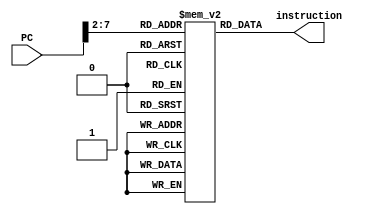
`timescale 1ns / 1ps
module instructionMEM(PC, instruction);
    input [31:0] PC;
    output [31:0] instruction;
    
    reg [31:0] memory[0:41];

    initial begin
        memory[0] = 32'b00100000000010000000000000100000; //addi $t0, $zero, 0x20
        memory[1] = 32'b00100000000010010000000000110111; //addi $t1, $zero, 0x37
        memory[2] = 32'b00000001000010011000000000100100; //and $s0, $t0, $t1
        memory[3] = 32'b00000001000010011000000000100101; //or $s0, $t0, $t1
        memory[4] = 32'b10101100000100000000000000000100; //sw $s0, 4($zero)
        memory[5] = 32'b10101100000010000000000000001000; //sw $t0, 8($zero)
        memory[6] = 32'b00000001000010011000100000100000; //add $s1, $t0, $t1
        memory[7] = 32'b00000001000010011001000000100010; //sub $s2, $t0, $t1
        memory[8] = 32'b00100000000010000000000000100000; //addi $t0, $zero, 0x20
        memory[9] = 32'b00100000000010000000000000100000; //addi $t0, $zero, 0x20
        memory[10] = 32'b00100000000010000000000000100000; //addi $t0, $zero, 0x20
        memory[11] = 32'b00010010001100100000000000010010; //beq $s1, $s2, error0
        memory[12] = 32'b10001100000100010000000000000100; //lw $s1, 4($zero)
        memory[13]= 32'b00110010001100100000000001001000; //andi $s2, $s1, 0x48
        memory[14] = 32'b00100000000010000000000000100000; //addi $t0, $zero, 0x20
        memory[15] = 32'b00100000000010000000000000100000; //addi $t0, $zero, 0x20
        memory[16] = 32'b00100000000010000000000000100000; //addi $t0, $zero, 0x20
        memory[17] =32'b00010010001100100000000000001111; //beq $s1, $s2, error1
        memory[18] =32'b10001100000100110000000000001000; //lw $s3, 8($zero)
        memory[19] = 32'b00100000000010000000000000100000; //addi $t0, $zero, 0x20
        memory[20] = 32'b00100000000010000000000000100000; //addi $t0, $zero, 0x20
        memory[21] = 32'b00100000000010000000000000100000; //addi $t0, $zero, 0x20
        memory[22] =32'b00010010000100110000000000001101; //beq $s0, $s3, error2
        memory[23] =32'b00000010010100011010000000101010; //slt $s4, $s2, $s1 (Last)
        memory[24] = 32'b00100000000010000000000000100000; //addi $t0, $zero, 0x20
        memory[25] = 32'b00100000000010000000000000100000; //addi $t0, $zero, 0x20
        memory[26] = 32'b00100000000010000000000000100000; //addi $t0, $zero, 0x20
        memory[27] =32'b00010010100000000000000000001111; //beq $s4, $0, EXIT
        memory[28] =32'b00000010001000001001000000100000; //add $s2, $s1, $0
        memory[29] =32'b00001000000000000000000000010111; //j Last
        memory[30] =32'b00100000000010000000000000000000; //addi $t0, $0, 0(error0)
        memory[31] =32'b00100000000010010000000000000000; //addi $t1, $0, 0
        memory[32] =32'b00001000000000000000000000111111; //j EXIT
        memory[33] =32'b00100000000010000000000000000001; //addi $t0, $0, 1(error1)
        memory[34] =32'b00100000000010010000000000000001; //addi $t1, $0, 1
        memory[35] =32'b00001000000000000000000000111111; //j EXIT
        memory[36] =32'b00100000000010000000000000000010; //addi $t0, $0, 2(error2)
        memory[37] =32'b00100000000010010000000000000010; //addi $t1, $0, 2
        memory[38] =32'b00001000000000000000000000111111; //j EXIT
        memory[39] =32'b00100000000010000000000000000011; //addi $t0, $0, 3(error3)
        memory[40] =32'b00100000000010010000000000000011; //addi $t1, $0, 3
        memory[41] =32'b00001000000000000000000000111111; //j EXIT
    end
    ;
    assign instruction = memory[PC >> 2];
endmodule